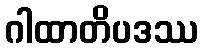
ဂါထာတိပဒဿ